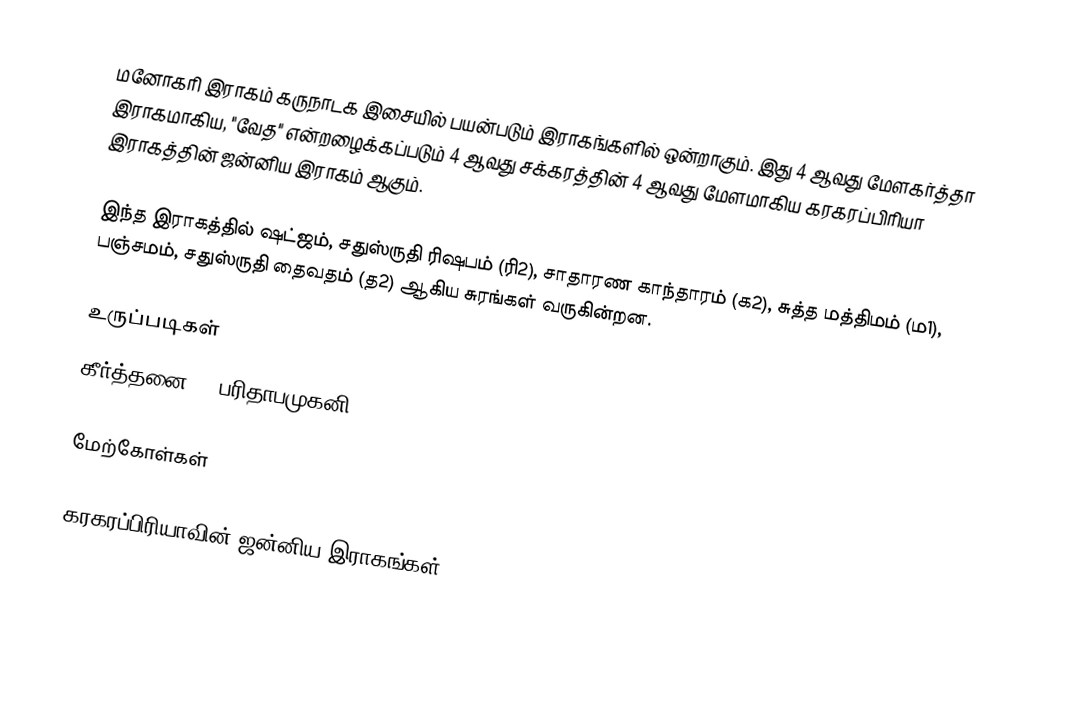
மனோகரி இராகம் கருநாடக இசையில் பயன்படும் இராகங்களில் ஒன்றாகும். இது 4 ஆவது மேளகர்த்தா இராகமாகிய, "வேத" என்றழைக்கப்படும் 4 ஆவது சக்கரத்தின் 4 ஆவது மேளமாகிய கரகரப்பிரியா இராகத்தின் ஜன்னிய இராகம் ஆகும்.

இந்த இராகத்தில் ஷட்ஜம், சதுஸ்ருதி ரிஷபம் (ரி2), சாதாரண காந்தாரம் (க2), சுத்த மத்திமம் (ம1), பஞ்சமம், சதுஸ்ருதி தைவதம் (த2) ஆகிய சுரங்கள் வருகின்றன.

உருப்படிகள்
 கீர்த்தனை: " பரிதாபமுகனி... "

மேற்கோள்கள்

கரகரப்பிரியாவின் ஜன்னிய இராகங்கள்